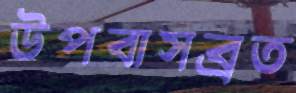
উপবাসব্রত